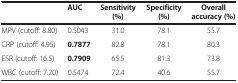
|  | AUC | Sensitivity (%) | Specificity (%) | Overall accuracy (%) |
 | --- | --- | --- | --- | --- |
 | MPV (cutoff: 8.80) | 0.5043 | 31.0 | 78.1 | 55.7 |
 | CRP (cutoff: 4.95) | 0.7877 | 82.8 | 78.1 | 80.3 |
 | ESR (cutoff: 16.5) | 0.7909 | 65.5 | 81.3 | 73.8 |
 | WBC (cutoff: 7.20) | 0.5474 | 72.4 | 40.6 | 55.7 |